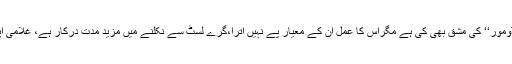
فنانشل ایکشن ٹاسک فورس کے مطالبہ پر ہماری سرکار نے ’’ڈومور‘‘ کی مشق بھی کی ہے مگراس کا عمل ان کے معیار پے نہیں اترا،گرے لسٹ سے نکلنے میں مزید مدت درکار ہے، غلامی اپنا اثر دکھاتی ہے ہم ان کے غوروفکر پر ہی بغلیں بجا رہے ہیں۔